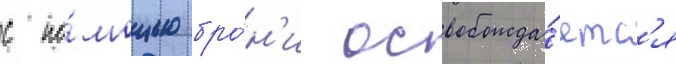
с по́мощью бро́н'и освобожда́етс'я